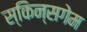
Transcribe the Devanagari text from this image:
स्किन्सगेम